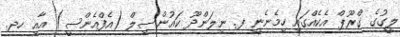
ލީގުގެ ގްރޫޕް އެކެއްގައި ހިމެނެނީ ފ. ނިލަންދޫ ކައުންސިލް (އެފްއެންސީ) އާއި ހދ.